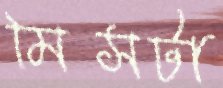
মিসটা